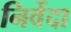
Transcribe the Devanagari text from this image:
निर्वेदा